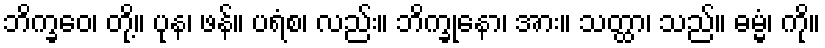
ဘိက္ခဝေ၊ တို့။ ပုန၊ ဖန်။ ပရံစ၊ လည်း။ ဘိက္ခုနော၊ အား။ သတ္ထာ၊ သည်။ ဓမ္မံ၊ ကို။